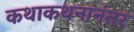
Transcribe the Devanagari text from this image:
कथाकथनानंतर